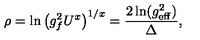
\rho = \ln \left( g _ { f } ^ { 2 } U ^ { x } \right) ^ { 1 / x } = { \frac { 2 \ln ( g _ { \mathrm { e f f } } ^ { 2 } ) } { \Delta } } ,